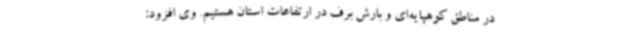
در مناطق کوهپایه‌ای و بارش برف در ارتفاعات استان هستیم. وی افزود: